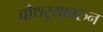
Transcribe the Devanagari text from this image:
चौथऱ्यावरुन